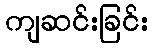
ကျဆင်းခြင်း